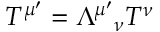
T ^ { \mu ^ { \prime } } = \Lambda ^ { \mu ^ { \prime } } { } _ { \nu } T ^ { \nu }